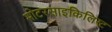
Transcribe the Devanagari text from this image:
मोटरसाइकिलिस्ट